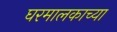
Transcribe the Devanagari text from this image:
घरमालकाच्या